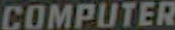
COMPUTER